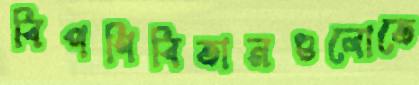
বিপণিবিতানগুলোতে